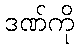
ဒဏ်ကို